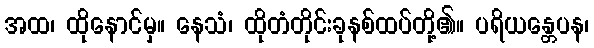
အထ၊ ထိုနောင်မှ။ နေသံ၊ ထိုတံတိုင်းခုနစ်ထပ်တို့၏။ ပရိယန္တေပန၊